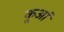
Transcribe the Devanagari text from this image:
कूआं